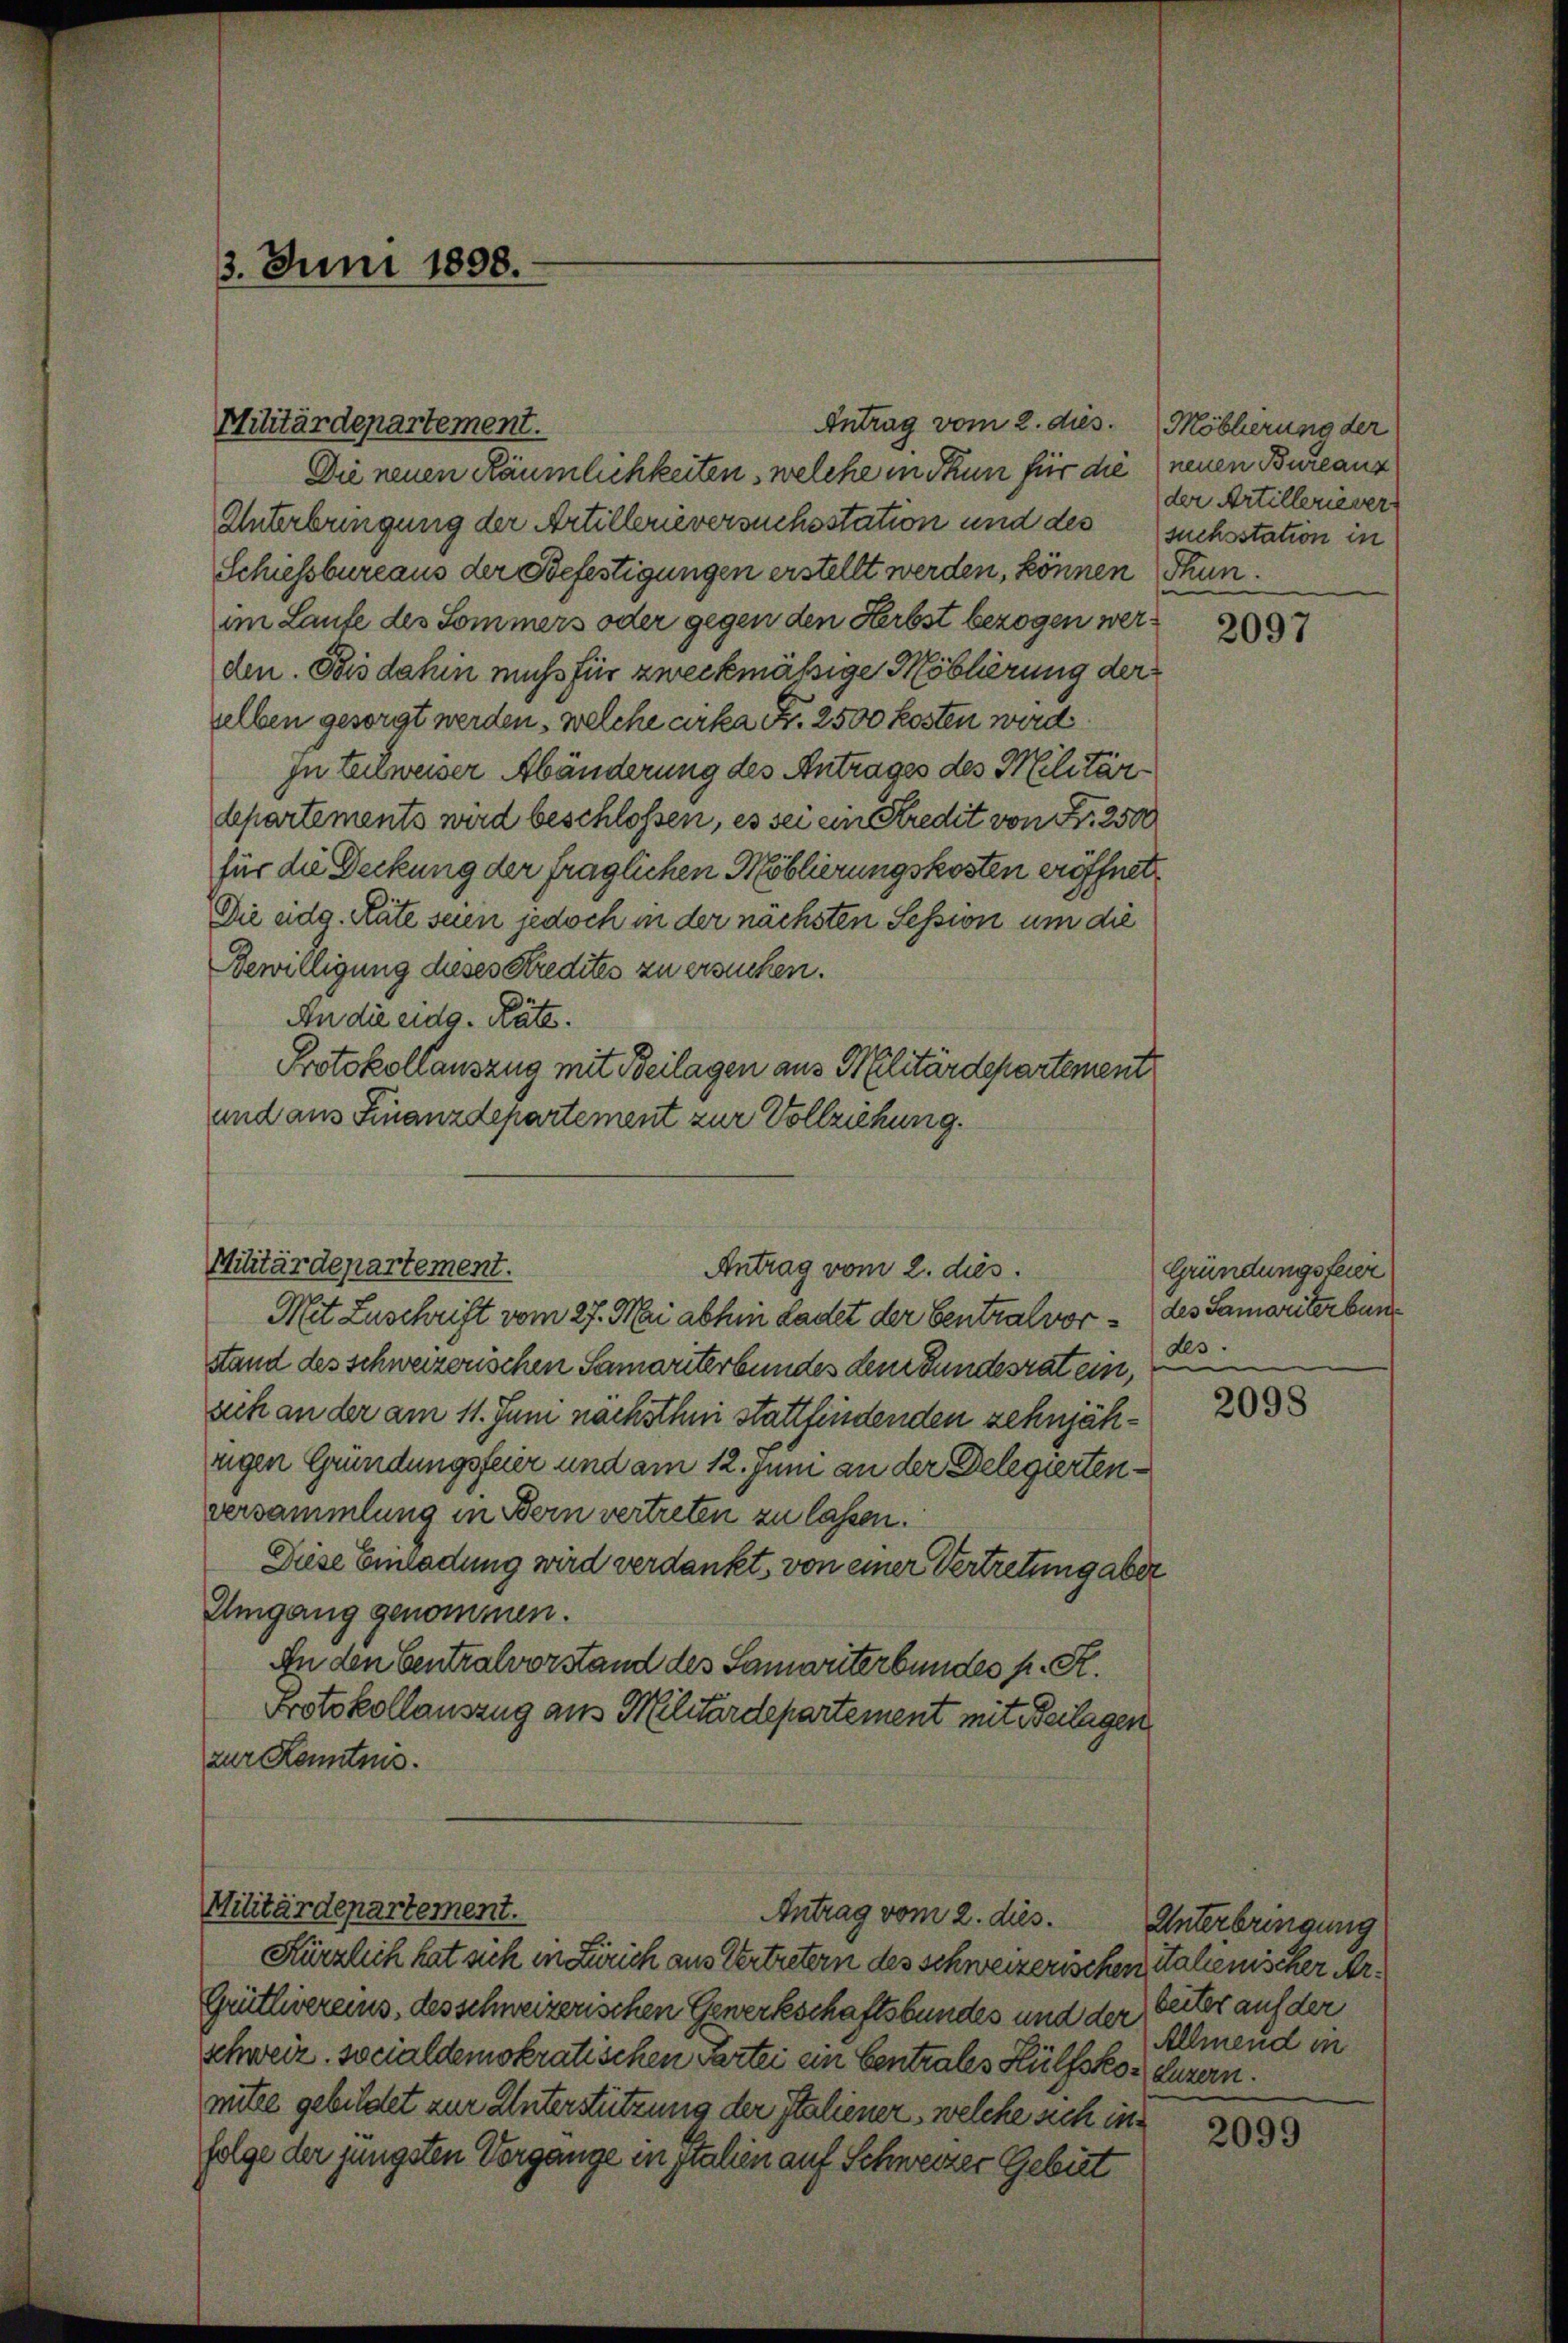
Antrag vom 2. dies. (Möblierung der
Die neuen Räumlichkeiten, welche in Thun für die neuen Burcanz
Unterbringung der Artillerieversuchsstation und des suchsstation in
Schiessbureaus der Befestigungen erstellt werden, können Thun.
im Laufe des Sommers oder gegen den Herbst bezogen werden. Bis dahin muß für zweckmäßige Moblierung der
selben gesorgt werden, welche cirka Fr. 2500 kosten wird
ju teilweiser Abänderung des Antrages des Militär-
departements wird beschlossen, es sei ein Kredit von Fr. 2500
für die Deckung der fraglichen Moblierungskosten eröffnet
Die eidg. Räte seien jedoch in der nächsten Session um die
Bewilligung dieses Kredites zu ersuchen.
An die eidg. Räte.
Protokollauszug mit Beilagen aus Militärdepartement
und aus Finanzdepartement zur Vollziehung.

3. Juni 1898.

Militärdepartement.

Mit Zuschrift vom 27. Mai abhin Ladet der Centralvorstand des schweizerischen Samariterbundes dem Bundesrat ein, 23.
sich an der am 11. Juni nächsthni stattfindenden zehnjähzigen Gründungsfeier und am 12. Juni an der Delegiertenversammlung in Bern vertreten zu lassen.
Diese Einladung wird verdankt, von einer Vertretung aber
Umgang genommen.
An den Centralvorstand des Samorterbundes p. R.
Protokollauszug aus Militärdepartement mit Beilagen
zur Kenntnis.

Militärdepartement.
Antrag vom 2. dies

Militärdepartement.

Antrag vom 2. dies.

Kürzlich hat sich in Zürich aus Vertretern des schweizerischen Stalienischer Ar¬
Grütlivereins, des schweizerischen Gewerkschaftsbundes und der Seiter auf der
schweiz socialdemokratischen Partei ein Centrales Hülfsko Luzern.
mitee gebildet zur Unterstützung der Italiener, welche sich in
folge der jüngsten Vorgange in Italien auf Schweizer Gebiet

der Artillerievers

2097

Gründungsfeier
des Samariter bun

2098

Unterbringung
Allmend in

2099